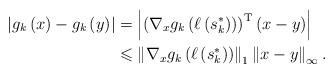
LaTeX: \begin{align*}\left|g_k\left(x\right)-g_k\left(y\right)\right|&=\left|\left({\nabla_x}g_k\left(\ell\left(s_k^*\right)\right)\right)^\mathrm{T}\left(x-y\right)\right|\\&\leqslant\left\|{\nabla_x}g_k\left(\ell\left(s_k^*\right)\right)\right\|_1\left\|x-y\right\|_\infty.\end{align*}